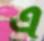
এ